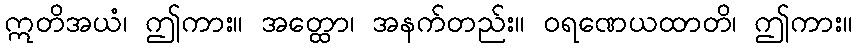
ဣတိအယံ၊ ဤကား။ အတ္ထော၊ အနက်တည်း။ ဝရဏေယထာတိ၊ ဤကား။